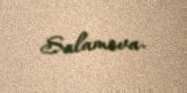
Salamova.